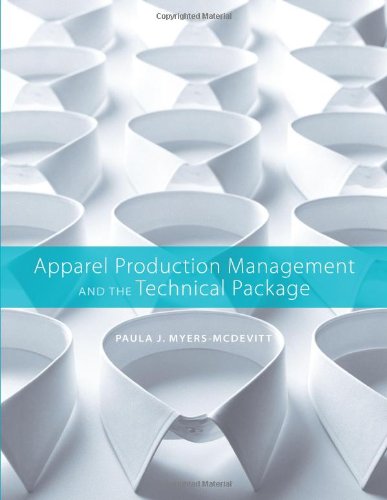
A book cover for Apparel Production Management and the Technical Package; Paula J. Myers-McDevitt; Business & Money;